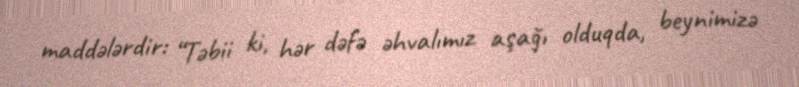
maddələrdir: “Təbii ki, hər dəfə əhvalımız aşağı olduqda, beynimizə